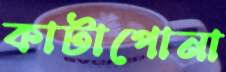
কাটাপোনা